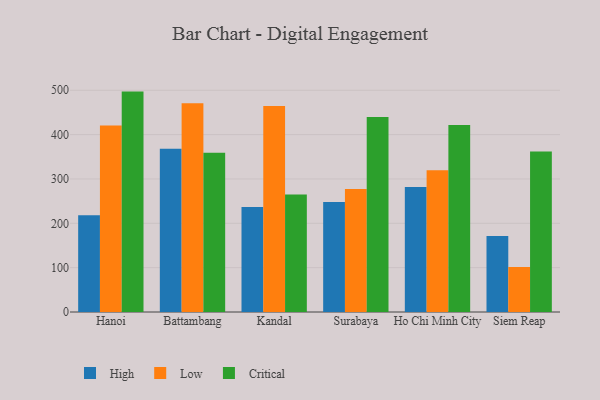
{"axis": {"x": "City", "y": "Market Share (%)"}, "legend": ["Critical", "High", "Low"], "data": [{"x": "Hanoi", "y": 218.4, "type": "High"}, {"x": "Hanoi", "y": 420.4, "type": "Low"}, {"x": "Hanoi", "y": 497.0, "type": "Critical"}, {"x": "Battambang", "y": 368.2, "type": "High"}, {"x": "Battambang", "y": 470.5, "type": "Low"}, {"x": "Battambang", "y": 359.2, "type": "Critical"}, {"x": "Kandal", "y": 236.9, "type": "High"}, {"x": "Kandal", "y": 464.3, "type": "Low"}, {"x": "Kandal", "y": 264.7, "type": "Critical"}, {"x": "Surabaya", "y": 247.8, "type": "High"}, {"x": "Surabaya", "y": 277.1, "type": "Low"}, {"x": "Surabaya", "y": 439.8, "type": "Critical"}, {"x": "Ho Chi Minh City", "y": 281.9, "type": "High"}, {"x": "Ho Chi Minh City", "y": 319.6, "type": "Low"}, {"x": "Ho Chi Minh City", "y": 421.7, "type": "Critical"}, {"x": "Siem Reap", "y": 171.4, "type": "High"}, {"x": "Siem Reap", "y": 101.4, "type": "Low"}, {"x": "Siem Reap", "y": 362.0, "type": "Critical"}]}